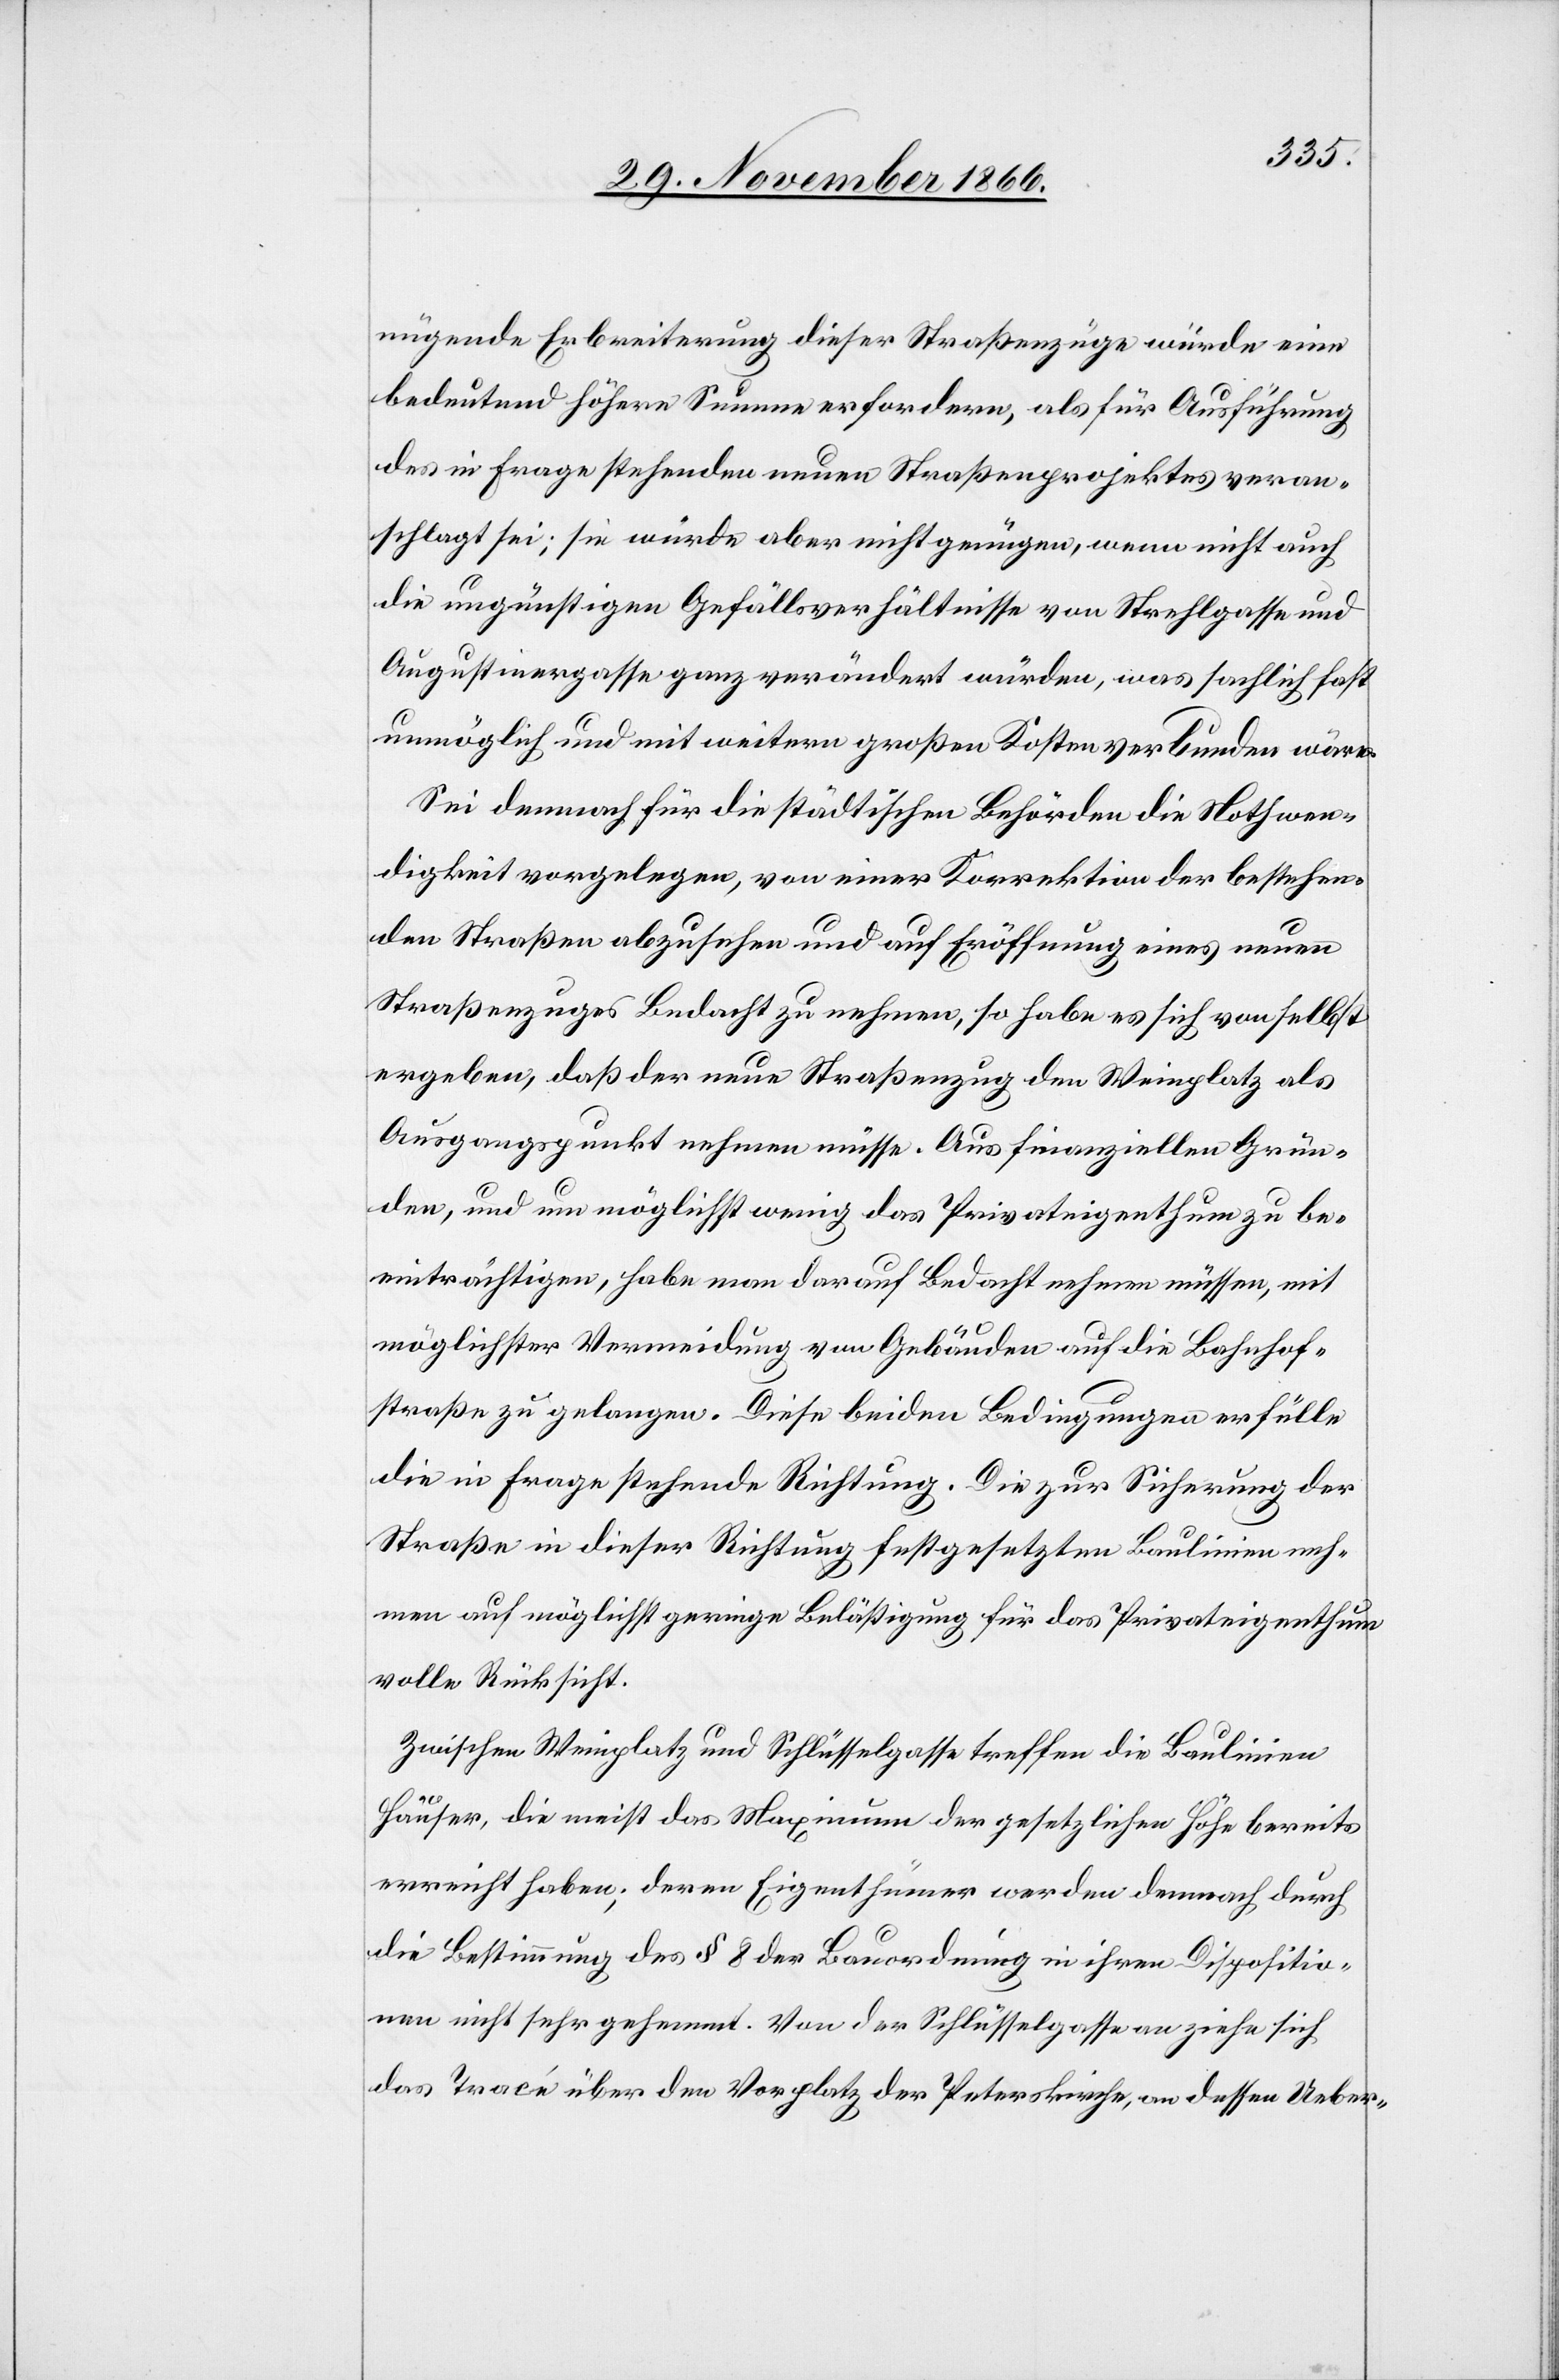
nügende Erbreiterung dieser Straßenzüge würde eine
bedeutend höhere Summe erfordern, als für Ausführung
des in Frage stehenden neuen Straßenprojektes veran¬
schlagt sei; sie würde aber nicht genügen, wenn nicht auch
die ungünstigen Gefällsverhältnisse von Strehlgasse und
Augustinergasse ganz verändert würden, was sachlich fast
unmöglich und mit weitern großen Kosten verbunden wäre.
Sei demnach für die städtischen Behörden die Nothwen¬
digkeit vorgelegen, von einer Korrektion der bestehen¬
den Straßen abzusehen und auf Eröffnung eines neuen
Straßenzuges Bedacht zu nehmen, so habe es sich von selbst
ergeben, daß der neue Straßenzug den Weinplatz als
Ausgangspunkt nehmen müsse. Aus finanziellen Grün¬
den, und um möglichst wenig das Privateigenthum zu be¬
einträchtigen, habe man darauf Bedacht nehmen müssen, mit
möglichster Vermeidung von Gebäuden auf die Bahnhof¬
straße zu gelangen. Diese beiden Bedingungen erfülle
die in Frage stehende Richtung. Die zur Sicherung der
Straße in dieser Richtung festgesetzten Baulinien neh¬
men auf möglichst geringe Belästigung für das Privateigenthum
volle Rücksicht.
Zwischen Weinplatz und Schlüsselgasse treffen die Baulinien
Häuser, die meist das Maximum der gesetzlichen Höhe bereits
erreicht haben; deren Eigenthümer werden demnach durch
die Bestimmung des § 8 der Bauordnung in ihren Dispositio¬
nen nicht sehr gehemmt. Von der Schlüsselgasse an ziehe sich
das Tracé über den Vorplatz der Peterskirche, an dessen Ueber-